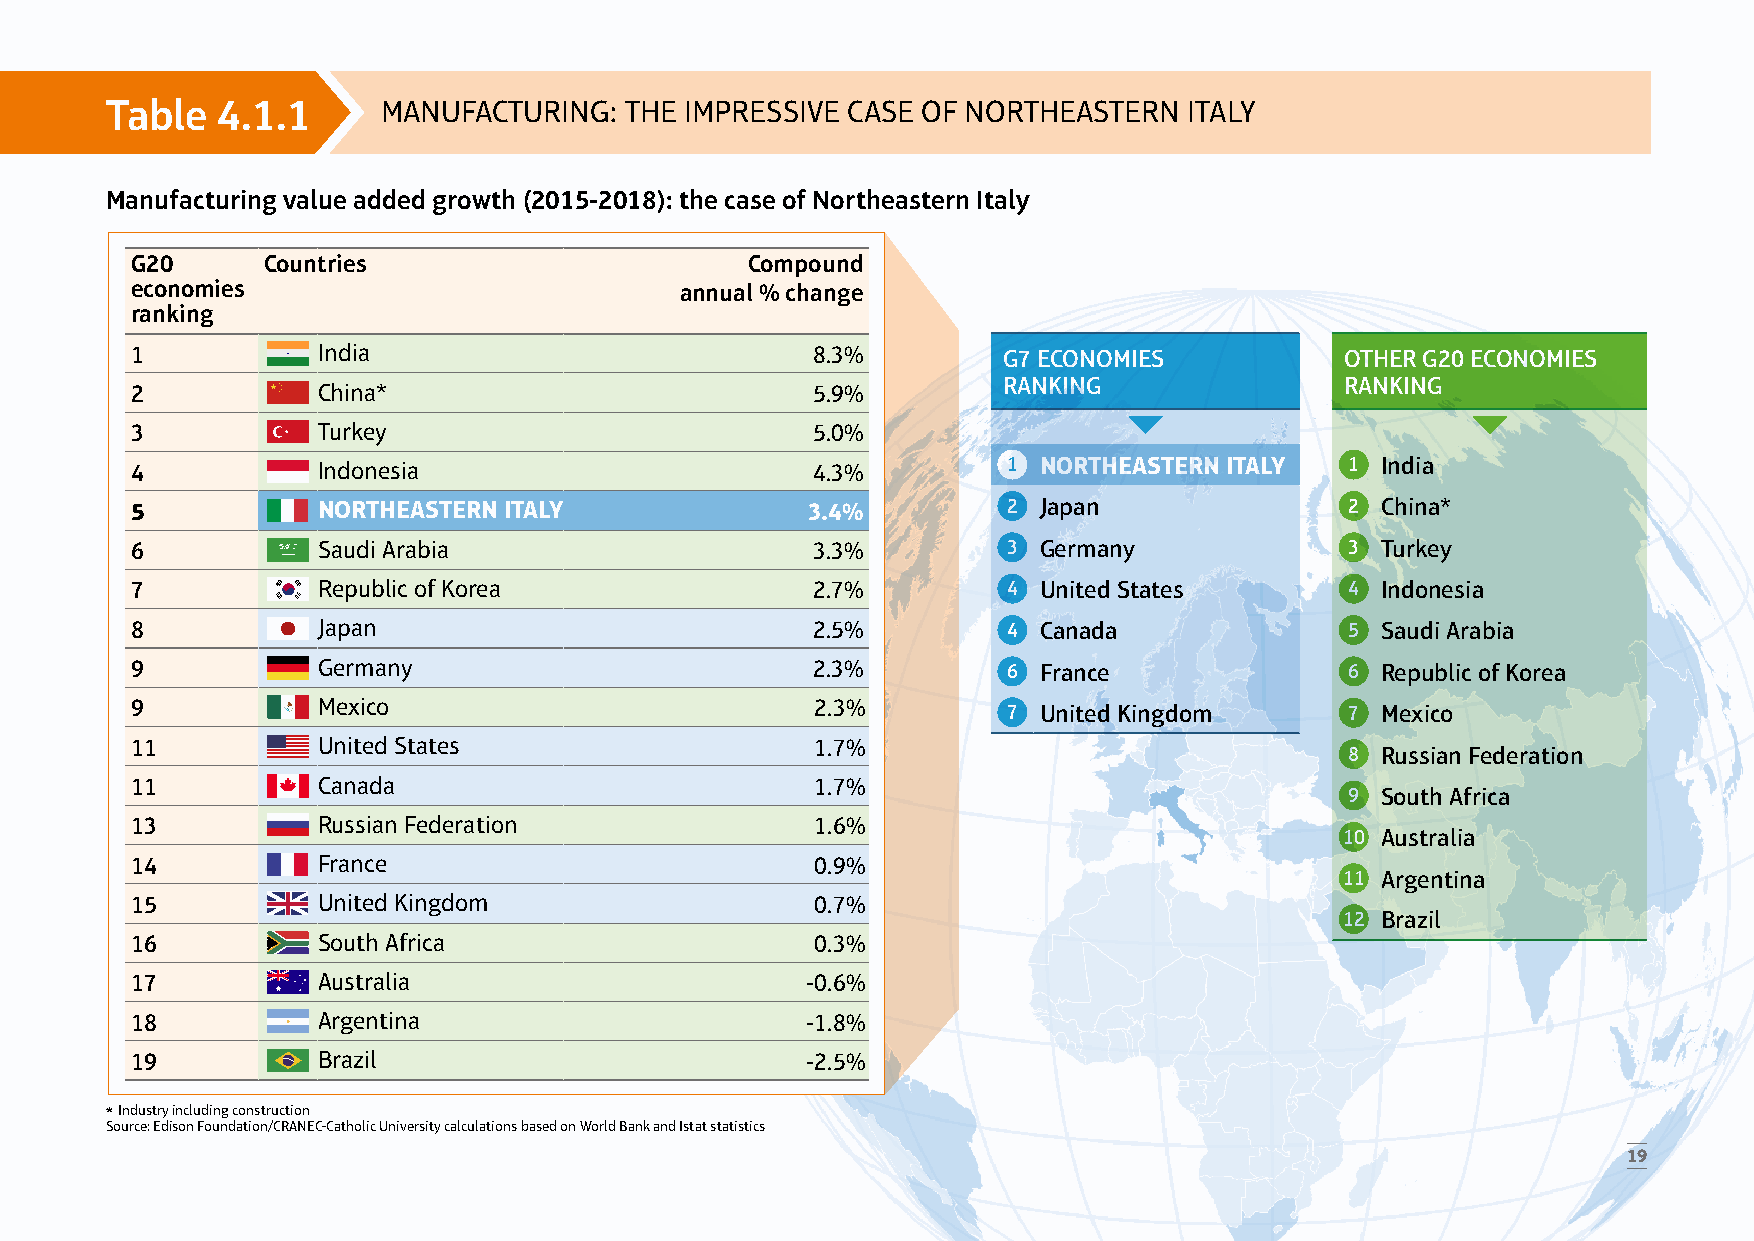
Table  4.1.1      MANUFACTURING:  THE IMPRESSIVE CASE OF NORTHEASTERN   ITALY
 Manufacturing value added growth (2015-2018): the case of Northeastern Italy
 G20     Countries                       Compound
 economies                           annual % change
 ranking
 1           India                            8.3%        G7 ECONOMIES           OTHER G20 ECONOMIES
 RANKING                RANKING
 2           China*                           5.9%
 3           Turkey                           5.0%
 4           Indonesia                        4.3%         1 NORTHEASTERN ITALY  1 India
 5           NORTHEASTERN ITALY              3.4%          2 Japan               2 China*
 6           Saudi Arabia                     3.3%         3 Germany             3 Turkey
 7           Republic of Korea                2.7%         4 United States       4 Indonesia
 8           Japan                            2.5%         4 Canada              5 Saudi Arabia
 9           Germany                          2.3%         6 France              6 Republic of Korea
 9           Mexico                           2.3%         7 United Kingdom      7 Mexico
 11          United States                    1.7%
 8 Russian Federation
 11          Canada                           1.7%
 9 South Africa
 13          Russian Federation               1.6%
 10 Australia
 14          France                           0.9%
 11 Argentina
 15          United Kingdom                   0.7%
 12 Brazil
 16          South Africa                     0.3%
 17          Australia                       -0.6%
 18          Argentina                       -1.8%
 19          Brazil                          -2.5%
 * Industry including construction
 Source: Edison Foundation/CRANEC-Catholic University calculations based on World Bank and Istat statistics
 19